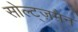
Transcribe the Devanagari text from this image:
सोल्ट्ज़मैन